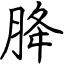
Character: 胮